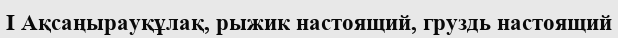
I Ақсаңырауқұлақ, рыжик настоящий, груздь настоящий